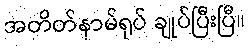
အတိတ်နာမ်ရုပ် ချုပ်ပြီးပြီ။